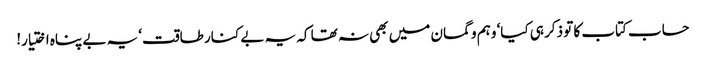
حساب کتاب کا تو ذکر ہی کیا‘ وہم و گمان میں بھی نہ تھا کہ یہ بے کنار طاقت‘ یہ بے پناہ اختیار!